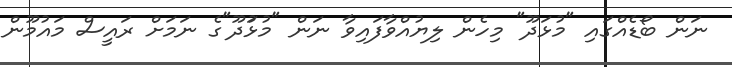
ނަން ބޯޑެއްގައި "މުޅަދޫ" މިހެން ލިޔުއްވާފައިވާ ނަން "މުޅުަދޫ"ގެ ނަމަށް ރައީސް މައުމޫން